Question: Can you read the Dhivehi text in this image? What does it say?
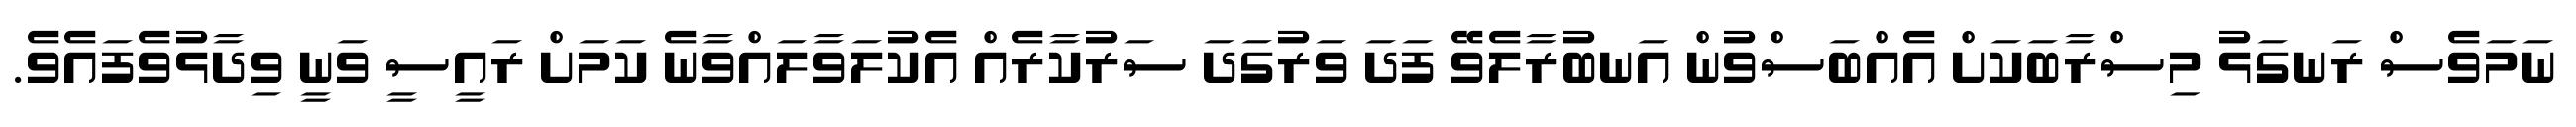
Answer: ނަމަވެސް ރަނގަޅު މިސްރާބަކަށް އެއްބަސްވުން އަނބުރާލެވޭ ފަދަ ވަރުގަދަ ސަރުކާރެއް އެކުލަވާލައްވާނެ ކަމަށް ރައީސީ ވަނީ ވިދާޅުވެފައެވެ.